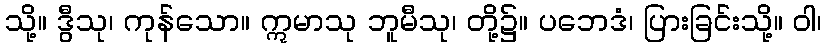
သို့။ ဒွီသု၊ ကုန်သော။ ဣမာသု ဘူမီသု၊ တို့၌။ ပဘေဒံ၊ ပြားခြင်းသို့။ ဝါ၊